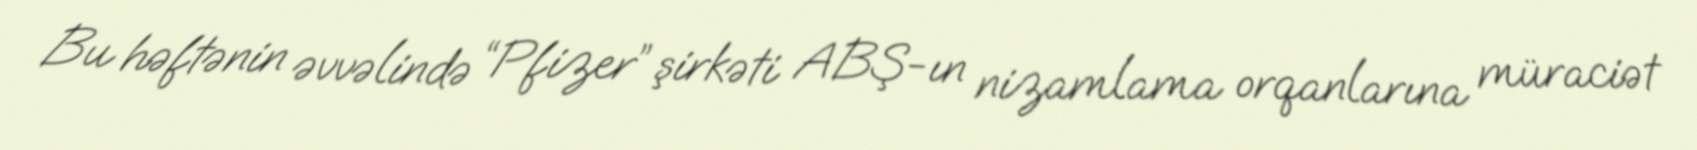
Bu həftənin əvvəlində “Pfizer” şirkəti ABŞ-ın nizamlama orqanlarına müraciət